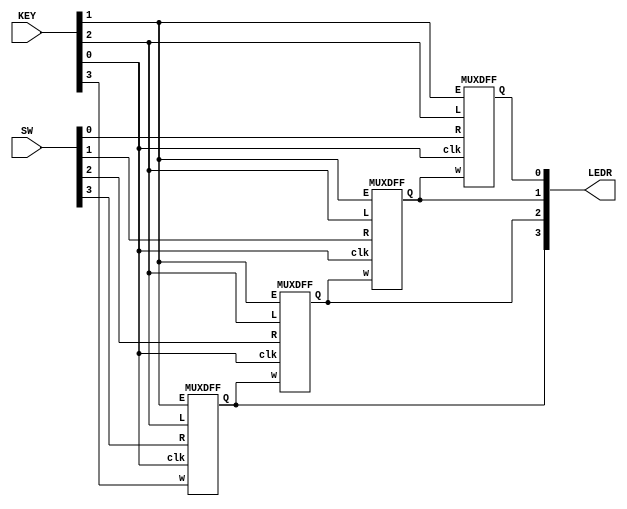
module top_module (
    input [3:0] SW,
    input [3:0] KEY,
    output [3:0] LEDR
); //
    wire d3,d2,d1,d0;
    
    MUXDFF inst3(KEY[0], KEY[3], SW[3], KEY[1], KEY[2], d3);
    MUXDFF inst2(KEY[0], d3, SW[2], KEY[1], KEY[2], d2);
    MUXDFF inst1(KEY[0], d2, SW[1], KEY[1], KEY[2], d1);
    MUXDFF inst0(KEY[0], d1, SW[0], KEY[1], KEY[2], d0);
    
    assign LEDR = {d3,d2,d1,d0};

endmodule

module MUXDFF (
	input clk,
    input w, R, E, L,
    output reg Q
);
    wire [1:0] t = {E,L};
    
    always @(posedge clk) begin
        case(t)
            2'b00: Q <= Q;
            2'b01: Q <= R;
            2'b10: Q <= w;
            2'b11: Q <= R;
        endcase
    end

endmodule